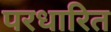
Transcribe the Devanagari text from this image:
परधारित